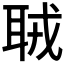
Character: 𦕧